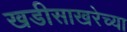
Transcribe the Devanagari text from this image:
खडीसाखरेच्या